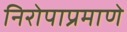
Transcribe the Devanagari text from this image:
निरोपाप्रमाणे